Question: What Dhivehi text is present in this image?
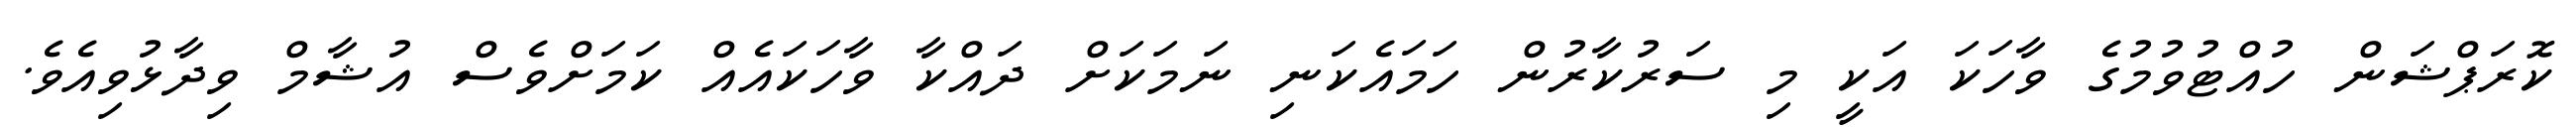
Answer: ކޮރަޕްޝަން ހުއްޓުވުމުގެ ވާހަކަ އަކީ މި ސަރުކާރުން ހަމައެކަނި ނަމަކަށް ދައްކާ ވާހަކައެއް ކަމަށްވެސް އުޝާމް ވިދާޅުވިއެވެ.